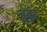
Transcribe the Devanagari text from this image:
जुंझ